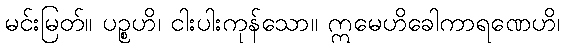
မင်းမြတ်။ ပဉ္စဟိ၊ ငါးပါးကုန်သော။ ဣမေဟိခေါကာရဏေဟိ၊